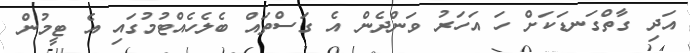
އަދި ގާތްގަނޑަކަށް ހަ އަހަރު ވަންދެން އެ ގަސްތައް ބެލެހެއްޓުމުގައި އެ ޓީމުން